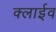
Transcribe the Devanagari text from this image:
क्लाईव